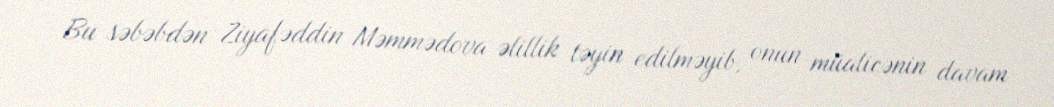
Bu səbəbdən Ziyafəddin Məmmədova əlillik təyin edilməyib, onun müalicənin davam